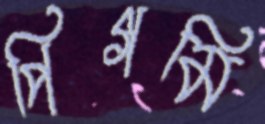
পিগমি